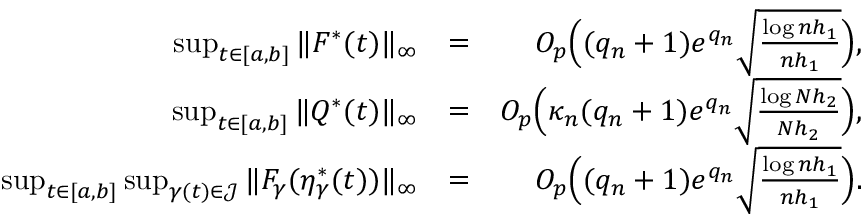
\begin{array} { r l r } { \operatorname* { s u p } _ { t \in [ a , b ] } \| F ^ { * } ( t ) \| _ { \infty } } & { = } & { O _ { p } \Big ( ( q _ { n } + 1 ) e ^ { q _ { n } } \sqrt { \frac { \log n h _ { 1 } } { n h _ { 1 } } } \Big ) , } \\ { \operatorname* { s u p } _ { t \in [ a , b ] } \| Q ^ { * } ( t ) \| _ { \infty } } & { = } & { O _ { p } \Big ( \kappa _ { n } ( q _ { n } + 1 ) e ^ { q _ { n } } \sqrt { \frac { \log N h _ { 2 } } { N h _ { 2 } } } \Big ) , } \\ { \operatorname* { s u p } _ { t \in [ a , b ] } \operatorname* { s u p } _ { \gamma ( t ) \in \mathcal { J } } \| F _ { \gamma } ( \eta _ { \gamma } ^ { * } ( t ) ) \| _ { \infty } } & { = } & { O _ { p } \Big ( ( q _ { n } + 1 ) e ^ { q _ { n } } \sqrt { \frac { \log n h _ { 1 } } { n h _ { 1 } } } \Big ) . } \end{array}